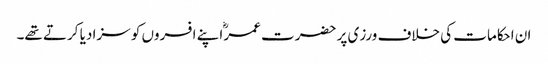
ان احکامات کی خلاف ورزی پر حضرت عمرؓ اپنے افسروں کو سزا دیا کرتے تھے۔